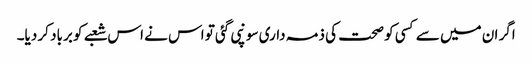
اگر ان میں سے کسی کو صحت کی ذمہ داری سونپی گئی تو اس نے اس شعبے کو برباد کر دیا۔